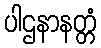
ပါဌနာနတ္တံ